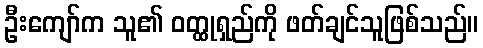
ဦးကျော်က သူ၏ ဝတ္ထုရှည်ကို ဖတ်ချင်သူဖြစ်သည်။